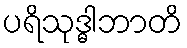
ပရိသုဒ္ဓါဘာတိ